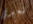
تبعدي